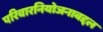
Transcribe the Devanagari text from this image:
परिवारनियोजनाबद्दल